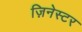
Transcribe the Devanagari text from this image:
ज़िनेस्टर